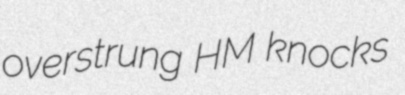
overstrung HM knocks